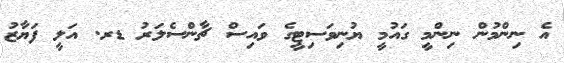
އެ ނިންމުން ނިންމީ ގައުމީ ޔުނިވަސިޓީގެ ވައިސް ޗާންސެލަރު ޑރ. އަލީ ފަޔާޒު